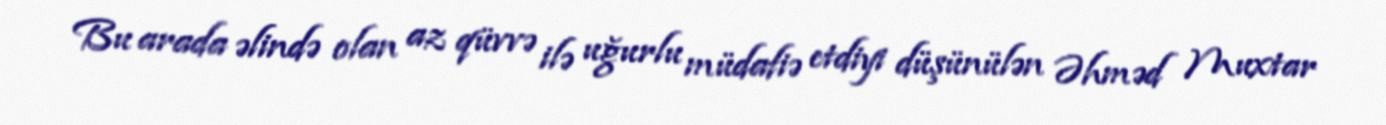
Bu arada əlində olan az qüvvə ilə uğurlu müdafiə etdiyi düşünülən Əhməd Muxtar